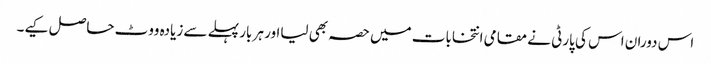
اس دوران اس کی پارٹی نے مقامی انتخابات میں حصہ بھی لیااور ہر بار پہلے سے زیادہ ووٹ حاصل کیے۔